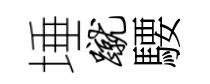
埵蹴騕